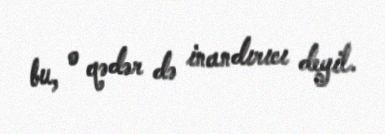
bu, o qədər də inandırıcı deyil.